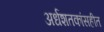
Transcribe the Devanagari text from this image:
अर्धशतकांसहीत